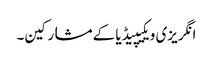
انگریزی ویکیپیڈیا کے مشارکین۔